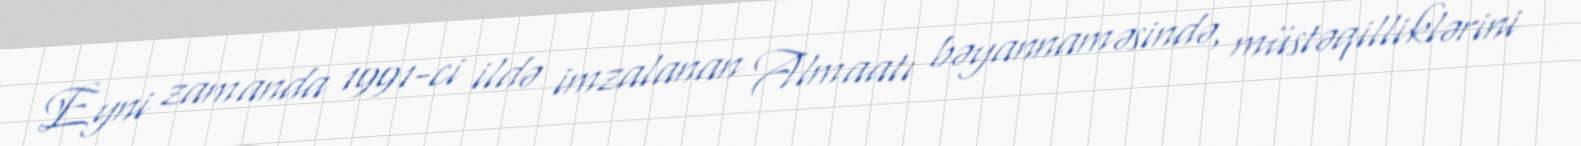
Eyni zamanda 1991-ci ildə imzalanan Almaatı bəyannaməsində, müstəqilliklərini